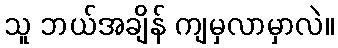
သူ ဘယ်အချိန် ကျမှလာမှာလဲ။